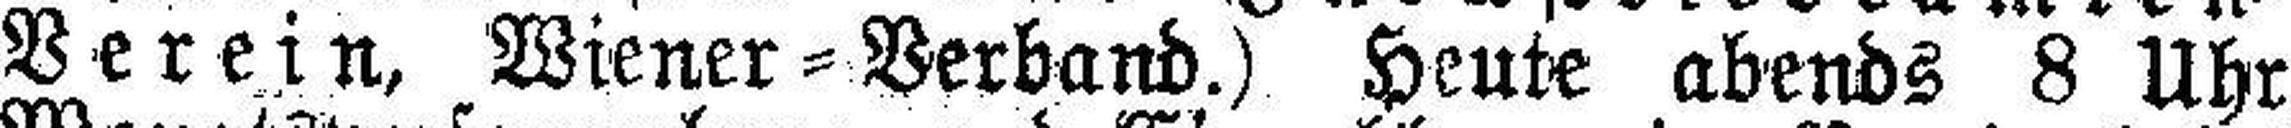
Verein, Wiener=Verband.) Heute abends 8 Uhr